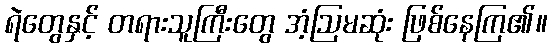
ရဲတွေနှင့် တရားသူကြီးတွေ အံ့ဩမဆုံး ဖြစ်နေကြ၏။